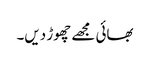
بھائی مجھے چھوڑ دیں۔